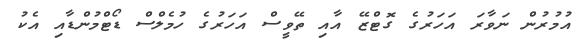
އުމުރުން ނަވާރަ އަހަރުގެ ގޮޓްޒޭ އާއި ތޭވީސް އަހަރުގެ ހުމެލްސް ޑޯޓްމުންޑާއި އެކު